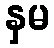
နှမ